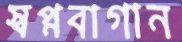
স্বপ্নবাগান